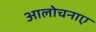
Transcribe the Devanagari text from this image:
आलोचनाए